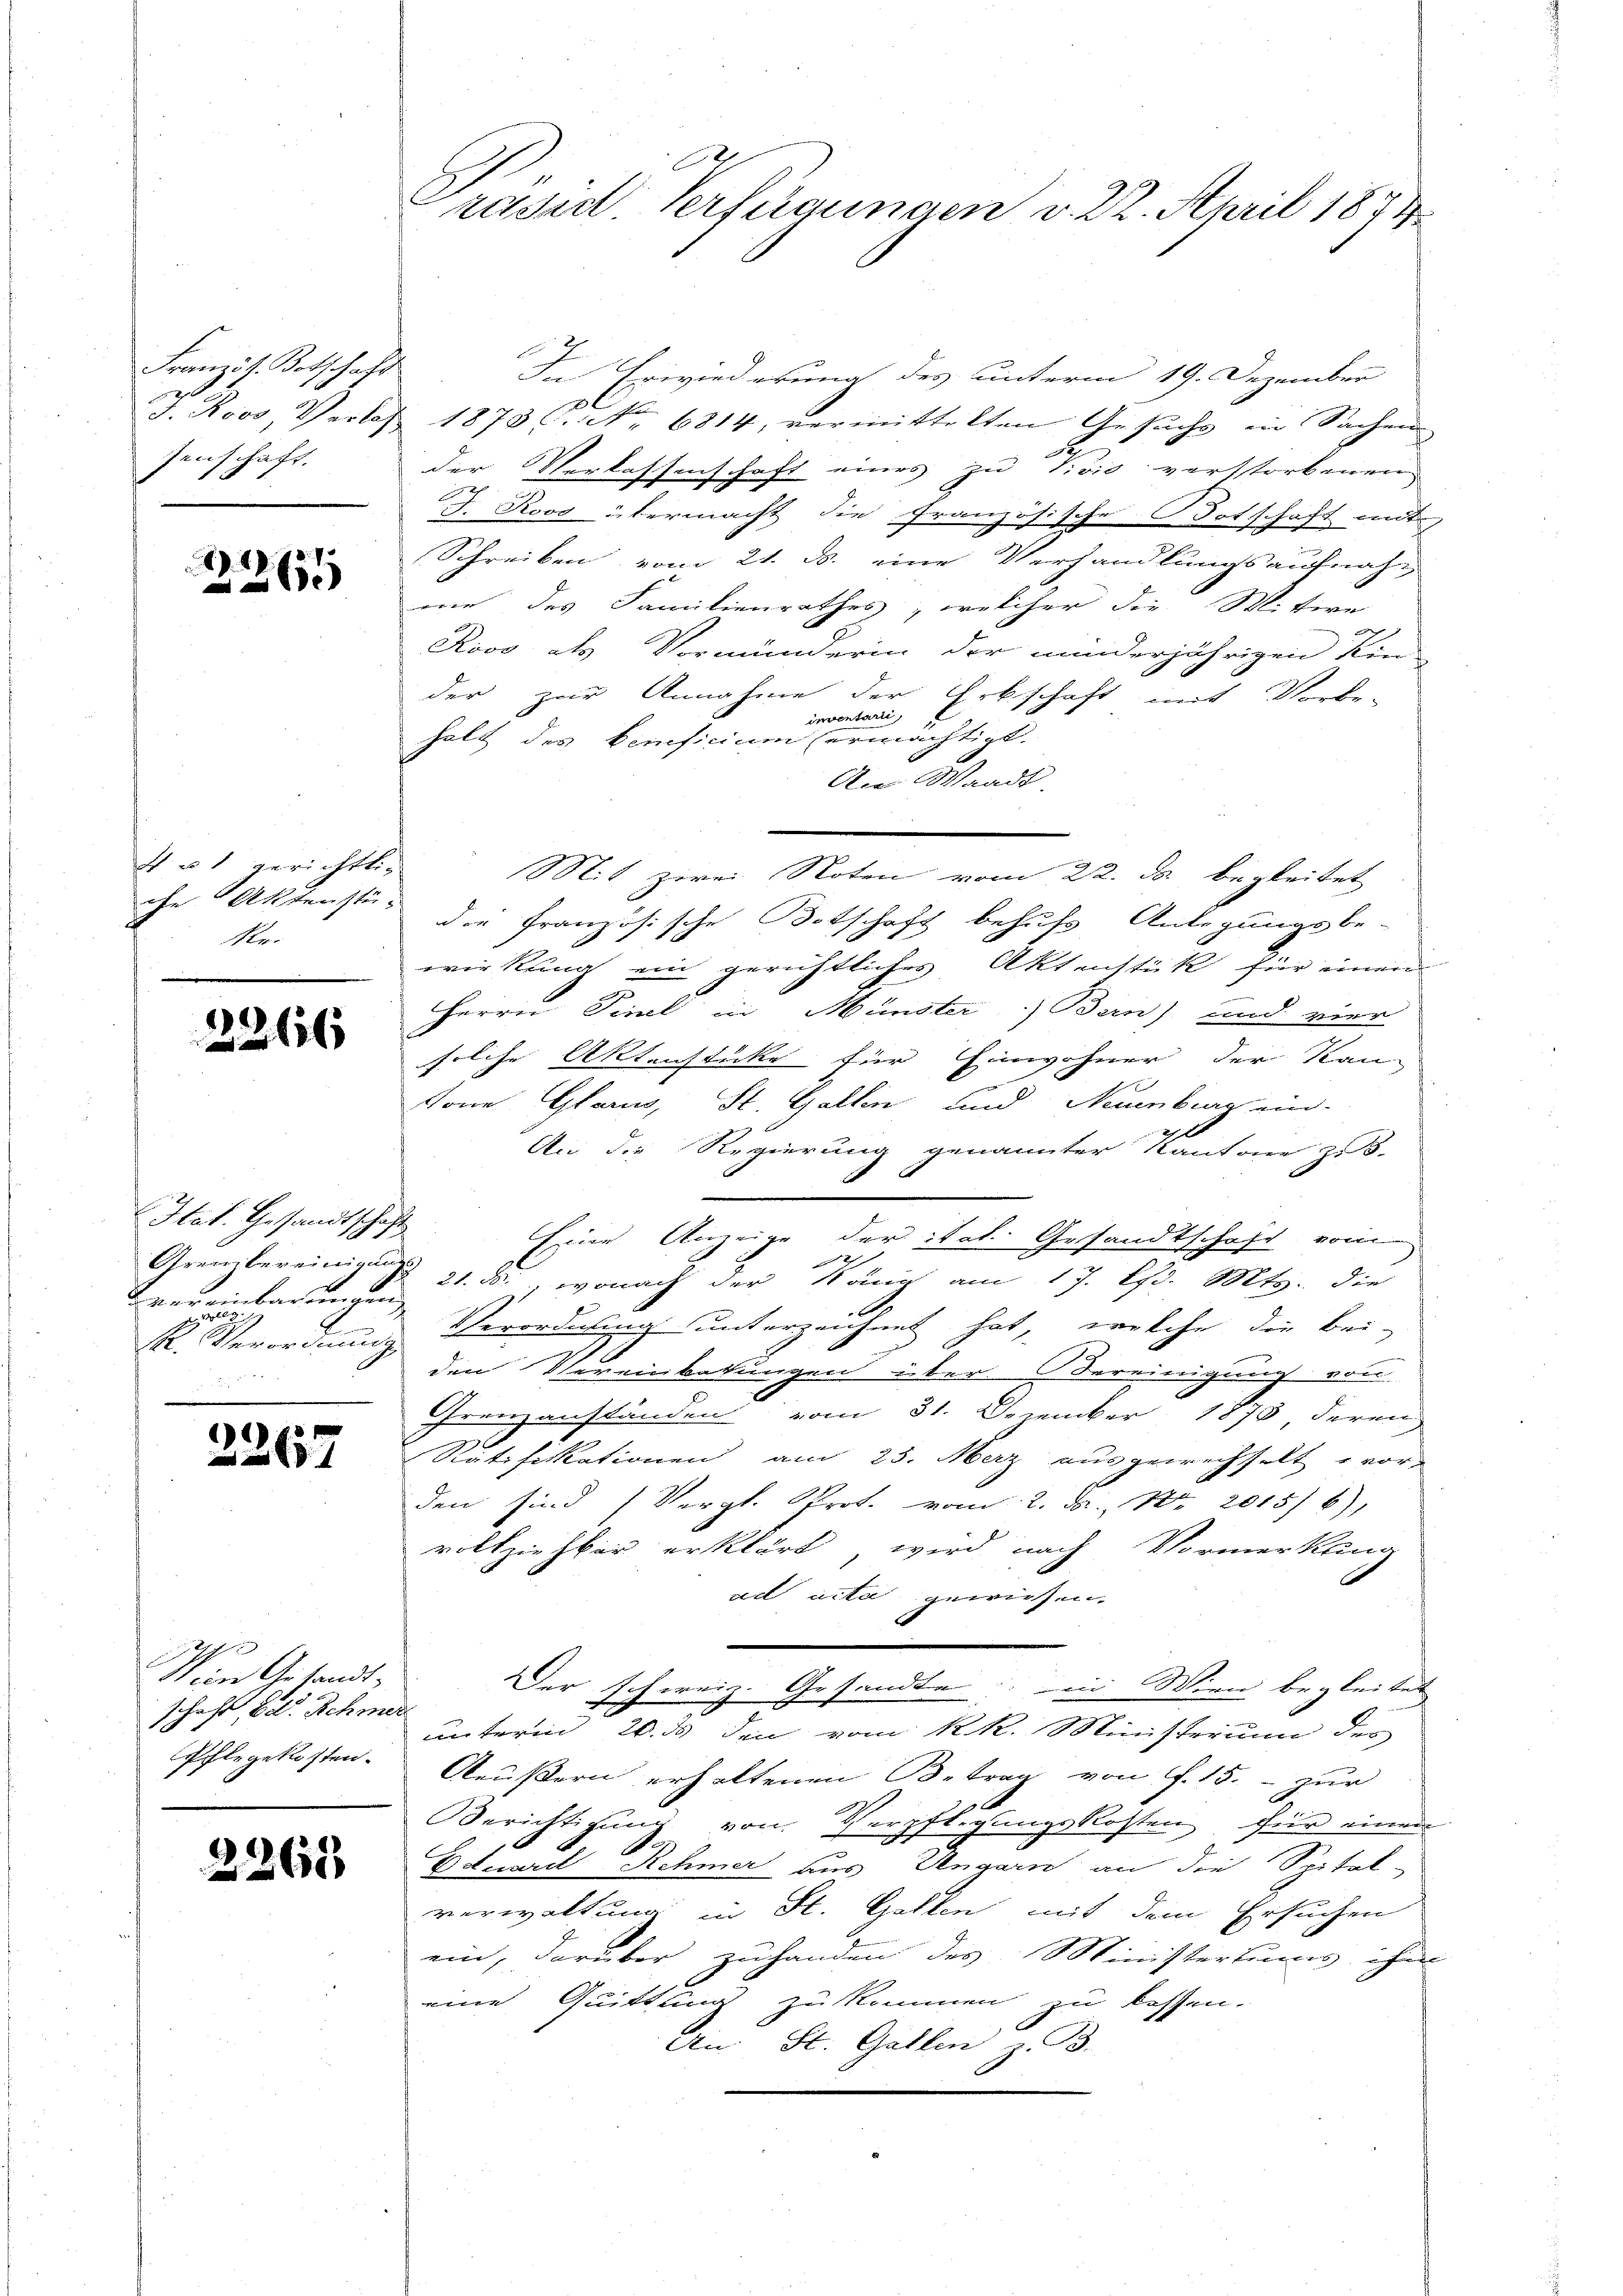
Französ. Botschaft
senschaft.

22265

4 u 1 gerichtli
che Aktenstü-
Re.

2266

Stat. Gesandtschaft
vereinbartungen,

2267

Nun Gesandtschaft, betr. Schmer
Pflegekosten.

2268

ruseel. Verfügungen v. 22. April 1874

In Erwiederung des unterm 19. Dezember
J. Roos, Verlas 1873 C. No 6814, vermittelten Gesuchs ein Sachen
der Verlassenschaft eines zu Vivio verstorbenen

J. Roos übermacht die französische Botschaft mit
Schreiben vom 21. ds. eine Verhandlungsaufnahwie des Familienrathes, welcher die Witwe
Rivo, als Vormunderin der minderjährigen Kin-
der zur Annahme der Erbschaft mit Vorbe-
inventarii,
halt des Beneficium ermächtigt.
An Waadt,
die Französische Botschaft behufs Anlegungsbe-
wirkung ein gerichtliches Aktenstück für einen

Herrn Teil in Münster ) Bern) und vier
solche Aktenstücke für Einwohner der Kan-
tone Glarus, St. Gallen und Neuenburg ein-
An die Regierung genannter Kantone zu 3.
Eine Anzeige der ital. Gesandtschaft von
2
Grenzbereinigen 21. ds., wonach der König am 17. Chr. Mts. die
R. Verordnung Verordnung unterzeichnet hat, welche die bei-
1
.
den Vereinbetungen über Obereinigung von
Grenzanständen vom 31. Dezember 1873 deren
Ratificationen am 25. Merz ausgewechselt wor-
den sind (Vergl. Prot. vom 2. F., Nr. 2015/ 6),
vollziehbar erklärt, wird nach Vormerkung
ad acta gewiesen.
Der schweiz. Gesandte in Wien begleitet
ŭnterm 20. ds den vom k. k. Ministerium des
Aeußern erhaltenen Betrag von f. 15. - zur
Berichtigung von Verpflegungskosten, für einen
0
Eduard Rehmer aus Ungarn an die Spital-
verwaltung in St. Gallen mit dem Ersuchen
ein, darüber zuhanden des Ministertums, ihr
eine Quittung zu kommen zu lassen.
An St. Gallen z. B.

Mit Zwei Noten vom 22. ds. begleitet